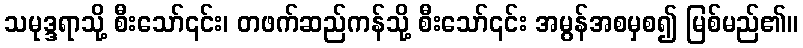
သမုဒ္ဒရာသို့ စီးသော်၎င်း၊ တဖက်ဆည်ကန်သို့ စီးသော်၎င်း အမွန်အစမှစ၍ မြစ်မည်၏။